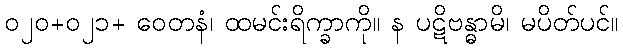
၀၂၀+၀၂၁+ ဝေတနံ၊ ထမင်းရိက္ခာကို။ န ပဋိဗန္ဓာမိ၊ မပိတ်ပင်။